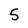
Character: 5